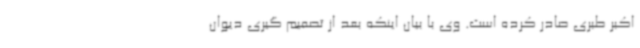
اکبر طبری صادر کرده است. وی با بیان اینکه بعد از تصمیم گیری دیوان